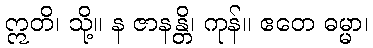
ဣတိ၊ သို့။ န ဇာနန္တိ၊ ကုန်။ ဧတေ ဓမ္မာ၊